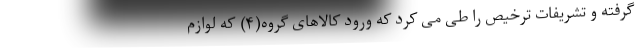
گرفته و تشریفات ترخیص را طی می کرد که ورود کالاهای گروه(۴) که لوازم